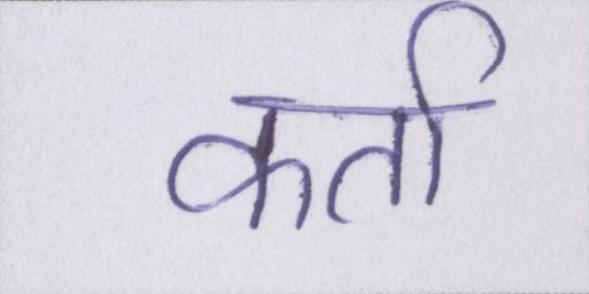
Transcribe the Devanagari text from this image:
कर्ता